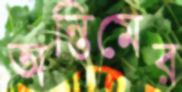
অন্তিমের